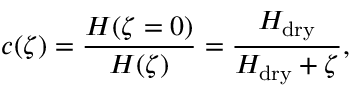
c ( \zeta ) = \frac { H ( \zeta = 0 ) } { H ( \zeta ) } = \frac { H _ { \mathrm { d r y } } } { H _ { \mathrm { d r y } } + \zeta } ,